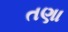
તણા